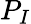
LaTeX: P_{I}